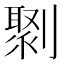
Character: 㔌